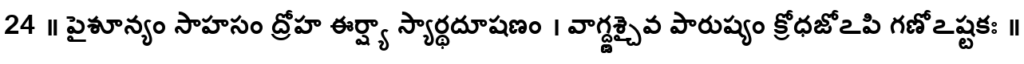
24 ॥ పైశూన్యం సాహసం ద్రోహ ఈర్ష్యా స్యార్థదూషణం । వాగ్ద్ణ్డశ్చైవ పారుష్యం క్రోధజోఽపి గణోఽష్టకః ॥